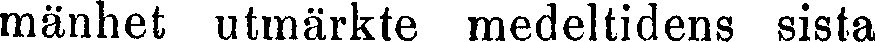
mänhet utmärkte medeltidens sista